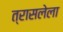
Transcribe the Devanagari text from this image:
त्रासलेला